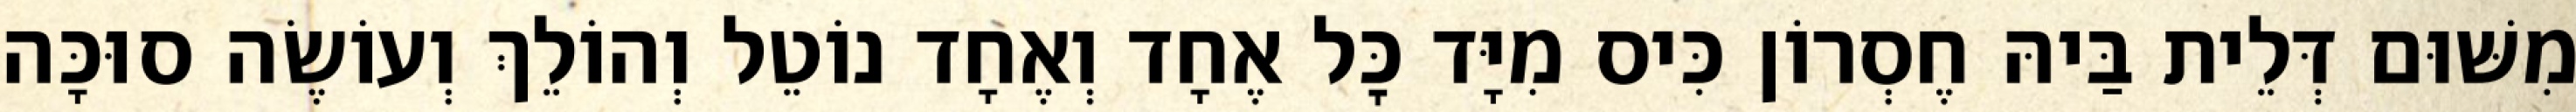
מִשּׁוּם דְּלֵית בַּיהּ חֶסְרוֹן כִּיס מִיָּד כׇּל אֶחָד וְאֶחָד נוֹטֵל וְהוֹלֵךְ וְעוֹשֶׂה סוּכָּה